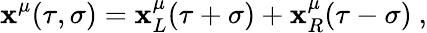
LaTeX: \mathbf{x}^{\mu}(\tau,\sigma)=\mathbf{x}_{L}^{\mu}(\tau+\sigma)+\mathbf{x}_{R}^{\mu}(\tau-\sigma)\ ,